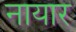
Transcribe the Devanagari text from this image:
नायार